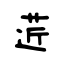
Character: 菦